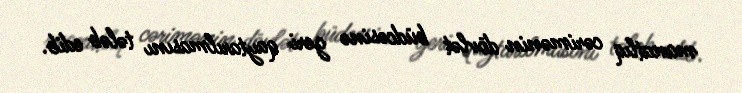
manatlıq cərimənin dövlət büdcəsinə geri qaytarılmasını tələb edib.